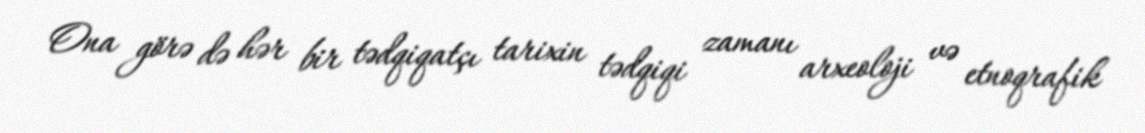
Ona görə də hər bir tədqiqatçı tarixin tədqiqi zamanı arxeoloji və etnoqrafik